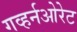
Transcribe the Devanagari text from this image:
गव्हर्नओरेट